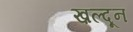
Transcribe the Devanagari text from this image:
ख़ल्दून